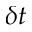
\delta t